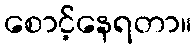
စောင့်နေရတာ။